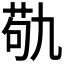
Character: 𮏆